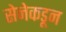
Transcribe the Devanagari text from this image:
सेनेकडून